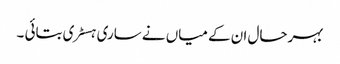
بہرحال ان کے میاں نے ساری ہسٹری بتائی ۔